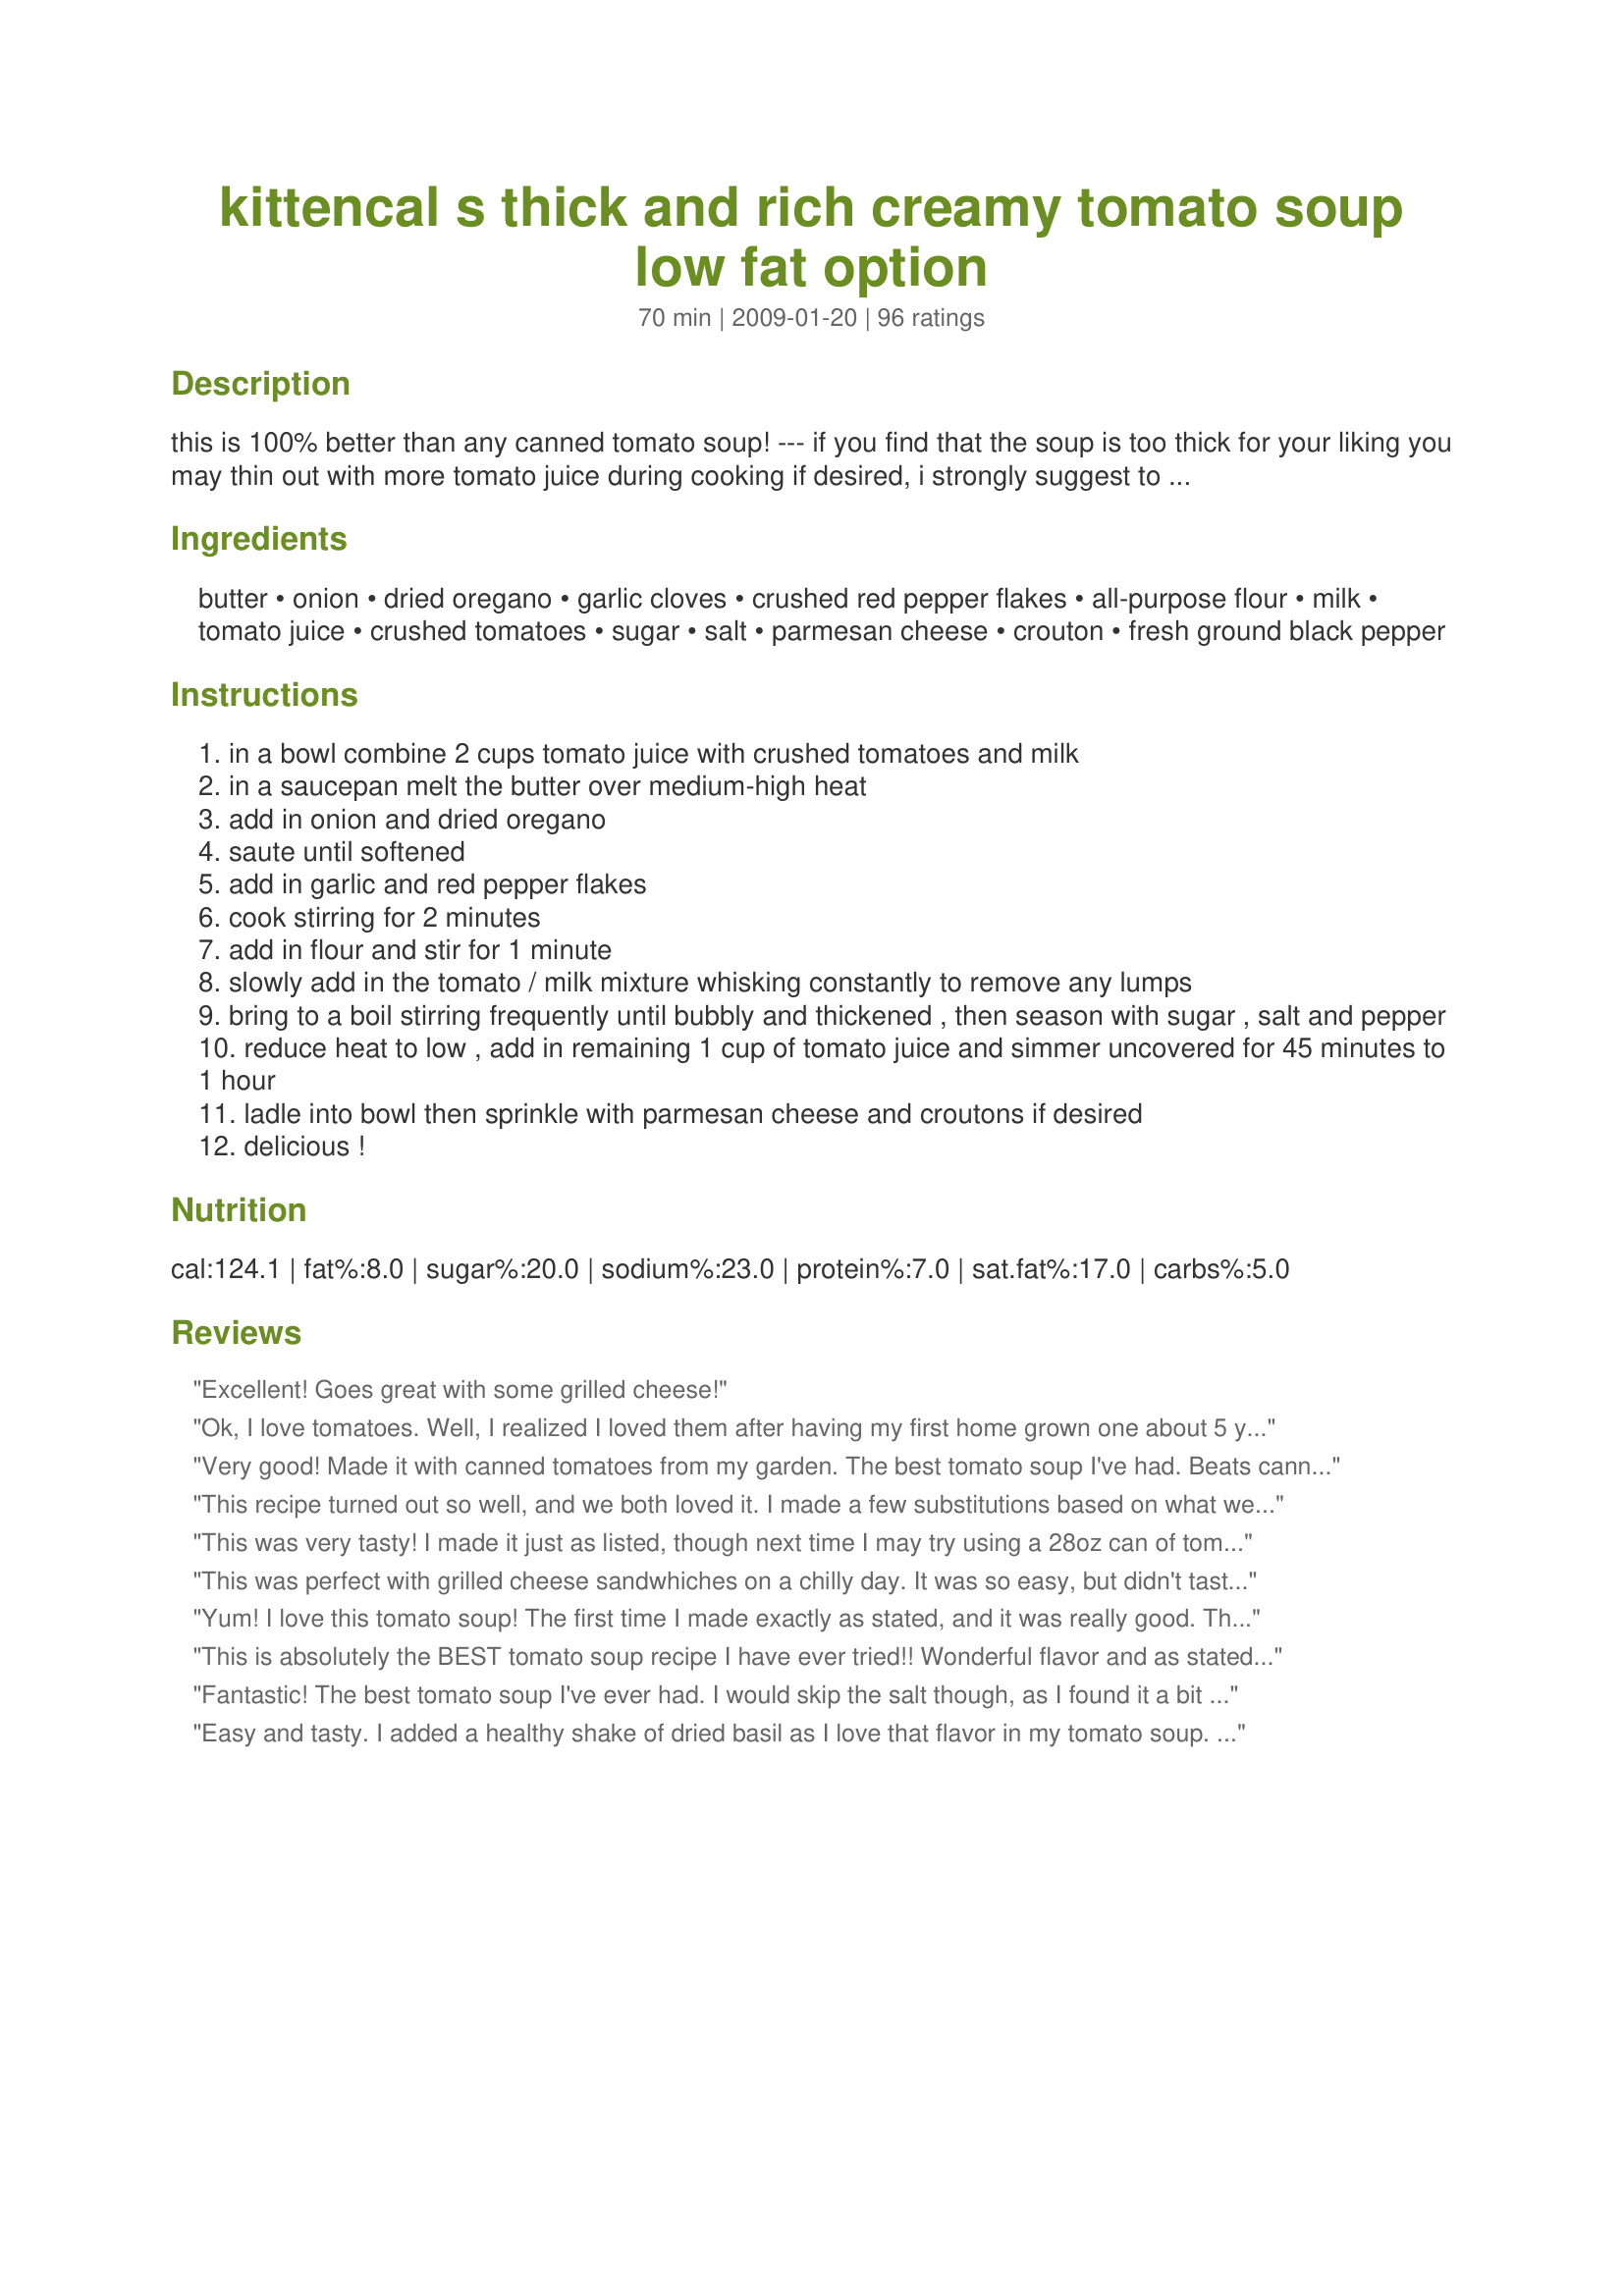
kittencal s thick and rich creamy tomato soup low fat option
Preparation time: 70 minutes

this is 100% better than any canned tomato soup! --- if you find that the soup is too thick for your liking you may thin out with more tomato juice during cooking if desired, i strongly suggest to use v-8 tomato juice for the best flavor, this soup will only improve in flavor the longer it is cooked and it tastes even better the next day, it also freezes well -------- low-fat option reduce the butter amount or use a healthy alternative such as smart balance butter blend and use fat-free milk or fat-free half and half

Ingredients:
butter, onion, dried oregano, garlic cloves, crushed red pepper flakes, all-purpose flour, milk, tomato juice, crushed tomatoes, sugar, salt, parmesan cheese, crouton, fresh ground black pepper

Steps:
in a bowl combine 2 cups tomato juice with crushed tomatoes and milk
in a saucepan melt the butter over medium-high heat
add in onion and dried oregano
saute until softened
add in garlic and red pepper flakes
cook stirring for 2 minutes
add in flour and stir for 1 minute
slowly add in the tomato / milk mixture whisking constantly to remove any lumps
bring to a boil stirring frequently until bubbly and thickened , then season with sugar , salt and pepper
reduce heat to low , add in remaining 1 cup of tomato juice and simmer uncovered for 45 minutes to 1 hour
ladle into bowl then sprinkle with parmesan cheese and croutons if desired
delicious !

Reviews:
Excellent! Goes great with some grilled cheese!
Ok, I love tomatoes. Well, I realized I loved them after having my first home grown one about 5 years ago. I wanted to love tomato soup but I didn&#039;t (yes only had canned). My bf wanted tomato soup and i thought &quot;duh, homemade&quot;! So I looked it up on food.com and WOW! Yeah this was insane! My 10yo loved it too! We had it with grilled ham and cheese on our first cold night of the year. Only thing I did different was I added the last of my grape tomatoes I had to pull of because of the freeze. I think I added about 10. Don&#039;t think that was enough to change the flavor t but I will try more tomatoes and less juice next time after reading JustGemsOfNZ&#039;s comments.
Very good! Made it with canned tomatoes from my garden. The best tomato soup I've had. Beats canned hands down.
This recipe turned out so well, and we both loved it. I made a few substitutions based on what we had on hand: 1) Instead of the 28 oz. can of crushed tomatoes, I used 2-14 oz. cans of the Del Monte diced tomatoes with basil and oregano 2) Used 5 tsp. garlic powder vs. fresh garlic cloves because we were out 3) Used half and half instead of milk. 4) Added extra black pepper and also added cayenne pepper for a heat kick. I followed the first instructions like it says, sauteing the onion and oregano in my Instant Pot, then put it on the soup setting for 20 minutes of pressure cooking. After, I used the immersion blender to puree it all the way smooth. It was really fast to make too. Maybe 15 minutes of active cooking.
This was very tasty! I made it just as listed, though next time I may try using a 28oz can of tomato sauce instead of the crushed tomatoes. I am used to non-chunky tomato soup and I don't know how I feel about the slightly chunky aspect.
This was perfect with grilled cheese sandwhiches on a chilly day. It was so easy, but didn't taste that way at all! The only thing I changed was to add fresh basil, but that's a personal preference. Thank you for posting.
Yum! I love this tomato soup! The first time I made exactly as stated, and it was really good. This time I added a dash of hot sauce and some about 1 cup chicken stock and let it simmer for an hour. Topped it with parmesan cheese and tex mex blend cheese, so good! As usual, a great recipe Kittencal!
This is absolutely the BEST tomato soup recipe I have ever tried!! Wonderful flavor and as stated gets better the next day (if there's any left!!) Great with grilled cheese sandwiches or just for a quick "warm me up"..
Fantastic! The best tomato soup I've ever had. I would skip the salt though, as I found it a bit too salty and I didn't even add as much as stated. The texture, the flavor, everything was perfect.
Easy and tasty. I added a healthy shake of dried basil as I love that flavor in my tomato soup. LOVE your recipes, Kittencal. Thanks for posting so many great ones. I'll never have enough time to try all the ones I want to try...but don't let that stop you from adding new ones!!! :-)
This was absolutely delicious. It tastes like the gourmet soup place in town's Tomato Basil Soup. I loved it and so did my husband. I upped the butter just a smidgen, upped the parmesan too. I ended up forgetting to add the milk in the beginning, but just popped it in at the end, still great. I can't wait to try it this summer with some fresh tomatoes and basil crushed in their!
This would be worthy enough to serve as a first course for a dinner party! I did make some changes, but that was to use up some "its and bits" floating around my fridge. I used 7 fresh roma tomatoes, skinned, seeded half of them, then chopped into bite size pieces....had extra onion on hand so I probably added a large onion....used 4 extra large garlic...3/4 cup whipping cream, 1/4 cup milk. I sprinkled parmesan cheese on the soup and served it with fresh buttermilk biscuits! Kudos, Kitten...you were right about this soup...100% better than canned
Very good! I omitted the red pepper and then added some half and half at the end to make it a little more creamy. Next time I will puree the batch for a smooth soup. Thanks!
Kitten... this soup is better than best, creamy, perfect thickness, and flavor. Only addition I made was to add 1/8 tsp. Baking soda for acidity. Dh is very sensitive to it. He said it's the best tomato soup he's eaten, I totally agree. As other's have said "no more can tomato soup". Nita
This was delicious! Both of my girls loved it and it couldn't be easier to make. It will be a frequent meal in our house. I made a grilled cheese (provolone and baby swiss) sandwich to go with it and put in grilled onions and tomato slices as well.
Oh my, we loved this! Another winner here Kitten, with such simple ingredients that are always on hand and this being so easy to whip up, who needs the canned stuff? I didn't have crushed tomatoes, but diced, so used those and just broke up a bit more with a fork, other then that, followed the directions down to the last ingredient and wouldn't change a thing! Thanks so much for sharing another wonderful recipe! :)
I've never been a huge fan of tomato soup, probably because the only one I've had has been the condensed version. I decided to give this a try after having a taste of Panera's delicious tomato soup. I cut the recipe in half, just in case I didn't like it. Well, in less than 24 hours, I ate the entire 4-5 servings worth :p I had it with homemade croutons (recipe from Veganomicon). I used almond milk instead of cow's milk and added a little extra red pepper flakes. I will be making this again... probably tomorrow or tonight! Thanks for sharing! Oh, and I recommend putting it in the blender if you don't like any onion chunks in it.
I love this soup! I am dairy sensitive so I use light coconut milk in my recipes that call for milk or cream. About half the calories as whole milk, thick and creamy and it a recipe like this, you cannot detect any coconut flavor. (Thai makes a wonderful organic lite coconut milk that you can buy in the Asian aisle in most supermarkets.)&lt;br/&gt;Thanks for a great recipe!
Another winner, Kitten! I wanted to try someone else's Tomato Soup recipe and when I saw that you had one, I looked no further. Very good and very easy! We're going to enjoy it with chicken salad today for lunch. My hub has some oral surgery after lunch and the dentist told me to give him a hearty lunch for his "last meal". So, thanks again, Kitten!
Great recipe, again, Kittencal! I used Sunburst tomatoes and V8 and it came out great. I'd recommend pureeing the onion and garlic to take some of the chunkiness out of the soup, but that's just a preference. I'm going to try basil in place of oregano next time so it has a little less of a "marinara" taste the other reviewers noted.
I made some significant changes to the recipe in order to try to copy a soup I had recently at a restaurant. But I needed a good, flavorful tomato soup base and this IS IT!! The suggestion to use V8 is right on. The soup itself is fantastic. To try to mimic the soup I had (a tomato corn chowder), I used 2 onions & cut them into large pieces. I used diced instead of crushed tomatoes, added about 3 cups of corn kernels & topped with shredded asiago cheese. It's lovely!! Couldn't be this good without an excellent base, though!
This is sooo good. I ended up letting it cool and blended in the food processor and reheated by simmering and WOW. Thank you for the best tomato soup I ever had!
A hit in my household! I followed the recipe exactly, using rice milk and omitting the red pepper flakes, and my children gobbled it up. My 13 month old was practically diving onto her spoon to eat this! I simmered it throughout the day, adding 4 cups water 1 hour before serving to help stretch the quantity and thin it down a little and it was still packed with flavor! A definite keeper recipe, thanks. :)
Oh Man,
What can I say that has not already been said about this fantastic soup? I picked this recipe because it was submitted by Kittencal and her reputation on this site is impeccable. I served this soup to the ice fishermen when they came in off the ice and they were all suitably impressed. Great fresh flavours and very easy to throw together. I am having the frozen left overs today for lunch and I can't wait a minute longer to dive into my soup bowl!! Thanks again Kittencal. I will be keeping a eye out for more of your delicious recipes to try.
Super Easy. Loved it . Also added Basil.
This recipe is terrific. Makes a fantastic, thick soup. Could be used as a pasta sauce. Very simple to make. Delicious!
DH and myself loved this recipe. I used our tomatoes we canned and instead of oregano I used about 20 basil leaves. After mixing everything together and cooking it as you described, I let it cool off some and then pureed it in the food processor. It was wonderful, we once had it with baked whole wheat french bread and the next night with grilled cheese sandwiches. Thank you for posting it, I always know that your recipes will be good.
This was good. It didn't turn out very creamy and reminded me of eating marinara, but it had really good flavor. I didn't add any additional V-8 and it was thick. The family liked it.
Excellent soup. I only had 1/2 c. V8 so used a 28 oz. can of pureed tomatoes. Was as the title said thick and Rich. Served with Recipe #119606.
Record snowfall here in MD. I'm grateful for my mum-in-law's handknit sweater, my power, and Kittencal's tomato soup recipe! Have had the primary ingredients stashed for weeks but no time nor inclination to make it. I sure am glad, because it will hit the spot today! Still has 30 min left to simmer, but samplings indicate it will be absolutely WONDERFUL. I will be uploading a picture. THANKS for another terrific recipe. :)
This soup is wonderful! I didn't have any canned tomatoes, so I just cut up fresh ones. I dumped all the ingredients into my crockpot and let them cook for 4 hours on low. Mmmm... served with a lovely garlic cheese bread. This soup is amazing! Made for ZWT 5.
This is SO good! My 4-year-old DD loves tomato soup. I used another recipe the other night which was good but decided to try this one today. This is it! Now, I didn't have tomato juice so I did use a combo of tomato sauce and water (1 1/2 c. sauce to 3/4 c. water). I'm sure it would be better with the V8 and I will definitely try that another time. I also used fat free half and half. I skipped the red pepper as I was already pushing my luck using onions with a preschooler. Loved it! Thanks again Kitten!
An instant family favorite! Only thing I changed was not putting in the red pepper flakes so that the kids in the family could enjoy it to the max as well. It goes fast so I made two batches this time! Served it with garlic cheese biscuits the first time and a quiche the second. Yummy! Thanks so much for the Recipe, Kittencal!
Very good tomato dish, however I kinda felt like I was eating pasta sauce for soup LOL I think with a small can of tomato paste this could be a very decent marinara Kitten! Froze the leftovers for other uses. Gonna try it as pizza sauce this week too.
This was an easy soup to make. I used V-8 and used 3 cups total. I didn't feel it was too thick. Also made the croutons suggested. Perfect!
Loved it! Added a little extra milk and basil, then served with freshly grated parmesan cheese and homemade bread croutons. Also as a bonus, I used it the next day for pizza sauce and it was fabulous. Definitely this will be one of my go-to recipes.
Tis soup was very good. Next time I will cut the oregano in half and puree the soup. A pinch of crushed red peppers is plenty. Thank you!
I usually think the best part of tomato soup is the grilled cheese that accompanies it...not anymore!! This is really good! A 'forgiving' recipe too- I realied I only had a 14 oz can of petite diced tomatoes and a small can ot tom. sauce--- still came out great. I agree with another reviewer- we liked this with chunks of tomatoes- the petite dice was perfect. Will make this again for sure!!
I thought this one was a little too much like eating spaghetti sauce. I thinned out my soup with the tomato sauce, but it was still like eating thinned out tomato sauce. Perhaps I will leave out the oregano next time....and try the V8, but sadly I don't think a next time will be any time soon....
Wow! This is sooo good! It's been raining here and this was just what we needed. I'll never open a can of tomato soup again. Thanks Kitten! Chalk up another winner!
I'm not going to rate this because I used diced tomatoes instead of crushed tomatoes (and then pureed it when done). However, I did not care for the flavor of this soup. It was just very strong and too sweet. I was just looking for a more creamy recipe. Maybe if I added more milk that would have helped. I also used a vegetable juice from Trader Joe's and maybe that's the flavor I don't like.
Absolutely DELICIOUS!!! This soup is exactly what is says ... thick, rich, creamy and let's not forget, TASTY!! DH really liked it. I think I went a little overboard on the pepper flakes though. On the side, we had recipe#18914 and a salad. So good on a cold night. Made this for "Tag It Red" event-Feb. '09 :) Thank you Kittencal.
I used V-8 Juice as recommended in the intro, and this soup was so easy to put together. I used only 3 garlic cloves and grated them on my microplane and thought that was plenty. I also made Recipe #63737 to serve alongside. My husband doesn't normally even like tomato soup, so for him to call this "delicious" and say I could add this to our monthly menu is a feat in and of itself!
This is the first time my fiance and I ever tried tomato soup that wasn't from a can... and it won't be the last. This soup is easy, cheap, and especially awesome with homemade croutons (#93223) on top. We used tomato sauce that had been diluted down by half with water, and a can of whole tomatoes that we didn't crush up nearly enough--we both liked the chunks though, so we'll probably used diced next time.
Let me begin by saying that (believe it or not) tomato soup has been my Achilles heel. I was starting to loose hope when I tried this recipe and then... tasted it and wow, a punch of very well balanced flavor hit my mouth. I can't express my gratitude enough. Thank you!
Ive made this many times now. The first time I followed the recipe exactly & it was good. The 2nd time I omitted the tomato juice & used 3 cans of crushed tomatoes, then used a stick blender to puree it. It was utterly delicious! I now only make it with the crushed tomatoes (never with the juice) but I often add courgette - equally delicious!
LOVED IT! I made this tonight and it was the perfect end to a cold and VERY windy day. Ooops! 2 mistakes: I forgot the crushed tomatoes and I only had enough for 1/2 cup milk, but it was still DELICIOUS. Thanks for sharing it with us all! :o)
Delicious! I never knew you could add dry spices to frying onion and garlic and have them be so fragrant! The only difference I made was to buy canned whole tomatoes (mistake) and then use my immersion blender. This is going in my soup recipe list for winter!
I made this soup as posted and it is awesome! I will make it time and again because EVERYONE in my family of six loves it. Thanks for this easy and delicious recipe.
I made this last week and found myself craving the leftovers! I thought the flavor was absolutely perfect. The only adjustment I plan to make is not using the flour to thicken it. I used half and half instead of milk, so between that and the thickness of the tomatoes and juice I believe it will have the right consistency. The only complaint was from my husband regarding the thickness. I&#039;m so happy to have such a wonderful recipe that is so much better tasting and a lot less expensive than the canned!
Perfect tomato soup! I used skim milk and it was perfect. MMMMM!!!! I didn't add the crushed pepper flakes because of the kids, but I did add some to my serving after. Really delicious!
Very good--a lovely blend of complementing flavors. I used V-8's vegetable juice, skipped the flour and thought this soup was the perfect consistency. A home run, as usual, Kittencal! I served with the crouton recipe you recommend in your recipe, also delicious!
This soup is excellent! My entire family (including 3 children under 5) eats this with relish. It's pretty adaptable in terms of using ingredients that I have on hand (milk, 1/2 & 1/2, heavy whipping cream and diced tomatos, crushed tomatoes, fresh tomatoes)

We've made it several times. Sometimes with fresh basil and Parmesan cheese. Other times with extra spicy red pepper and bread. Yum!
Boy was this soup ever good!
Nice soup - all ingredients at hand. Thank you!
Delicious. I made this the other night and it was wonderful. I never had homemade tomato soup before and it was so worth it. I made it exactly as posted...wouldn&#039;t change a thing.
Excellent! I used chicken broth instead of milk and added a little thyme. Perfect soup for a cold night.
Made this tonight, and we thoroughly enjoyed it! Yummy, healthy, and easy to fix. Will definitely make this again.
I hate canned tomato soup - this recipe is wonderful! I used some slightly soured half and half along with milk and it didn't negatively affect the taste. Also, I added some cooked rice at the end of the cooking time. I didn't use the cheese but did serve the soup with grilled cheese sandwiches. This was superb comfort food!
This was delicious! I have never made tomato soup before, this is SO much better than the typical canned stuff. My family of 6 polished it off for dinner the other night. Next time I will double the recipe in order to have leftovers. Served with crusty bread. Thanks for posting this!
Delicious! I used fat free milk and added some pureed roasted red pepper. The flavor was really yummy. If you're used to canned soup, this will knock your socks off.
This was tasty and easy to throw together. I appreciated that it used staple pantry ingredients and I had everything on hand to prepare this soup and serve it up with a grilled cheese sandwich for a fun supper. I liked the consistency and thickness of the soup (was pretty substantial for tomato soup, and quite filling). It was a tad sweet for my taste as prepared -- I shouldn't have added any sugar. I tossed in a couple of splashes of tabasco sauce to balance the sweetness with a little kick and it worked.
OMG Kit, this soup is out of this world delicious, you simply cannot go wrong with this recipe it's easy and way better than canned, I will never buy canned again, I'm so glad I finally tryed this recipe, thank you a zillion times Kit, you are the best!
I though i had mixed up recipes when i tried this one. it had a great flavor and good thickness. but it just really reminded me of a spagetti sauce. to much oregano for me to just eat as a soup. still good but jsut not what i expected from a tomato soup.
I made grilled ham and cheese sandwiches and wanted to have some Tomato soup to go with it. This was the perfect soup to go with my sandwich! I am so glad I have this recipe now and plan to make it many more times before the warm weather!
Perfection! Quick & easy recipe yielding an incredibly flavorful soup. My only changes: I didn't use crushed tomatoes, so in addition to the three cups of juice called for, I added in about two cups each of V8 & tomato juice to make up the difference. At the end, I stirred in 1/2 cup fat free half & half, instead of mixing in the milk at the beginning. Either way, you can't go wrong with this soup!
AWESOME!! Followed the directions exactly and I used V-8. EVERYONE LOVED THIS!! My daughter asked for the recipe and said she doesn&#039;t even like tomato soup! I used a hand blender to puree the onion and garlic. I thought it was just the right consistency. Highly recommend the garlic croutons to go with it! Thank you Kittencal!!
This soup was wonderful and easy to make. I will be making this again.
Tomato soup is my all time favorite - this was the first one I've made (er, heating out of a can does not count?) and I felt like I had ordered it from a bistro. It was delicious. I scaled it down by half. I could not find a 14oz can of crushed tomatoes, so I used a 14oz can of petite diced tomatoes. I also omitted onions and used onion flakes (which is what I pretty much always do). I received a lot of compliments on this soup, and I look forward to eating it again. By the way, it pairs MARVELOUSLY with a grilled cheese sandwich.
Very good! Thick and delicious. I don&#039;t know why anyone would voluntarily eat canned soup when this is so easy to prepare. I used 3 cups regular tomato juice and crushed tomatoes with basil because that&#039;s what I had on hand. Pur&eacute;ed with a hand blender. Just noticed Kitten&#039;s note about V-8 and will try that as well. Will make this again today, the second time in a week, which is unusual for me. Hopefully I&#039;ll have some left for individual containers for the freezer. My boys love tomato soup with grilled cheese and enjoyed this very much. I also made some quick microwave croutons and tossed a few on top with some Parmesan cheese for me. Very yummy. Thanks for sharing the recipe!
Incredibly easy to prepare, light on the pocketbook and modest on the calories. Every reason to make this again and again.
Nice hearty soup. I would recommend adding more peeled tomatoes for better texture.
My husband loves tomatoe soup and said this is defintely better than the canned soup!!!! I didn't add any additional V8 after it simmered, so it was a thicker soup, but delicious. So if you want a thicker soup, leave it as it is. Either way, it's very easy to make and I highly recommend this recipe. Thanks Kitten!!!!
Delicious and easy. This was a good lunch on this cold winter day!
This is so wonderful. Everyone who thought tomato soup was the stuff that came from a can were so wrong. All of my family, some who swore that they hated it because of the canned variety, now know that they love tomato soup. Thank you so much Kittencal. When I see your name, I know it's a good recipe.
Very good. I made a batch last night (2nd batch this week) and reheated it in a crockpot for a lunchtime potluck today. It went over extremely well - it was the favorite food of the day - and the soup kept it's consistency. I didn't bother with the croutons (although they sound good) - I just made the soup and served it with grated parm. This is a very filling soup, btw!
Kittencal striiiiikes again!! Came home from the UK today and discovered 2 lbs of fresh tomatoes in the fridge that needed to be used up, a can of tomato juice and a garden full of basil! Andy requested tomato soup...and this recipe is to die for! (I blanched and skinned the tomatoes.)
The only addition I made was to add 1 tsp of hot english mustard for a tiny bit of zing and depth.
YUMMY YUMMY YUMMY!!!!
Thanks again Kittencal!
Loved this soup! I made a batch for my parents, who are both sick with some kind of virus, and had enough for dinner for my family that night. It tastes so much fresher and healthier than canned soup. Served with green salad and grilled cheese for a complete meal.
Very good soup. Worth the extra effort compared to canned.
Another delicious winner of a recipe! I used 30 ounces of tomato juice.. only used 1 tsp. of oregano and in place of the salt I used a chicken bouillon cube. I should have doubled this recipe. Oh.. another note: I used my hand blender just a little bit on the crushed tomatoes because I like my soup creamy.. but with enough tomato bits to let me know I'm not eating canned soup. Bring on those cold Winter days!! I've got some good soup to warm me.
My hubby is the tomato soup eater in the house. He took one bite and said "Oh Wow!" and this man never wows anything. Was super easy to make, used margarine and soy milk instead of the dairy stuff. Thanks (as usual) Kitten!
Reviews from my family were all over the place ... Anywhere from "I'm not a big tomao soup fan" to 3, 4, and 5 stars. I used V-8 instead of tomao juice, and half milk/half Half & Half. I'll try again using tomato juice and see if that pleases the family. Personally, I thought it was very good.
Delicious! I did scale down the recipe to use 1 can of whole tomatoes in their own juice (which I pureed with my immersion blender,) instead of the diced tomatoes and V8. I did forget to scale down the butter, but it still turned out great!
Really good soup. A perfect match for our grilled cheese sandwiches. I just made a couple of small measurement changes by using 1/2 tsp of red pepper flakes and only 2 cups of tomato juice total. Turned out great. Thanks for posting.
Really good. Rather involved for a quick bowl of comfort, but worth it. I used canned homegrown tomato juice and, I omitted the salt and sugar. I used an entire quart of juice and a 28-oz can of store bought crushed tomatoes. I used the stick blender to smooth it out, but it was still a very thick and textured soup/bisque. Can only be improved by using home grown chopped tomatoes instead of canned. Can&#039;t wait to grow more now!
Perfect soup exactly what I wanted. I am very picky about tomato and have been trying several different recipes. I made exactly as written - I did add some parmesan - which topped it off nicely. Thanks
This is absolutely the BEST tomato soup I have EVER had!! No way would I eat canned tomato soup...I have made this countless times and it is never disappointing!
Over the top recipe Kittencal! Changes I made: I reduced the butter to 1 TBSP. For seasoning salt I substituted 1 tsp. no salt seasoning blend and 1/2 tsp. bottled jojo potato seasoning. (have to cut out salt in my diet) It didn't compromise the flavor one bit! I also subbed FAT FREE 1/2 and 1/2 for the milk which made it even richer tasting without the added fat of milk. Thank you, thank you, thank you for a delectable tomato soup recipe! I will be making this one weekly :-)
Delish! I reduced the butter and sugar and didn't miss them. I also added dried basil, maybe two tablespoons, which wasn't necessary but was REALLY tasty.
When I discovered my roommates topping their pasta with this soup as a sauce, I adapted it by taking out the milk and using tomato puree or diced tomato (depending on the amount of sauce desired, the texture and how lazy I was at the time) and adding onion powder instead of the onion and tossing in basil, garlic powder, oregano and red pepper flakes. It's not much of a soup anymore, but it's GREAT over pasta! Another winner!
Yumm! I omitted the oregano and added fresh basil during the last 10 min. of cooking-verrrry good! We all loved it!
very yummy! thank you so much for this recipe! for anyone else who attempts to do things from scratch: i used a quart of home canned tomatoes. i drained the juice, and to make up the difference, and i used homemade spaghetti sauce, watered down a bit. i actually really appreciated that part because it added extra flavour. i also added a little dill (i use dill in nearly everything i make--i love it!) next time i'll try honey instead of the sugar (i was all out today) i did find my soup a little thinner than most people had commented, but i think that was due to my changes with the home canned tomatoes. oh! because i just canned quarters of tomatoes, i used my hand blender (the one handed thing, not like the ones you'd use for baking) to mix my soup... WONDERFUL!
I have done this many times, sometimes I don't have tomato juice in hand so I used strained tomatoes and add water, it still turns out wonderful. I always leave out the flour I find that it doesn't need it as it is wonderfully thick just like that.
Made this recently, after another RZ friend made it, and it was a huge hit! I followed the recipe to the letter, and it turned out fantastic. Leftovers the next day were just as good, if not better, after the flavors had time to mingle. :) The taste reminds me of my favorite Muir Glen Creamy Tomato soup - I will never buy another can of it, ha ha! Thanks for a great "keeper"!
This was excellent. I made it as written and found it thick and rich. I then added some cooked elbows to give it some extra substance since I took it for lunch at work. We love soup and this one goes into the rotation.
This was really easy to make, and absolutely delicious! Consistency was perfect. Thank you for a great recipe!
Oh wow Kittencal you did it again! What a wonderful fast soup recipe...I used V8 low sodium juice and it turned out great....will put this one in my favorite recipes...
